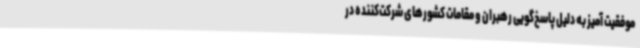
موفقیت آمیز به دلیل پاسخ‌گویی رهبران و مقامات کشورهای شرکت‌کننده در